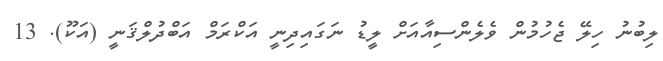
ލިބުނު ހިލޭ ޖެހުމުން ވެލެންސިއާއަށް ލީޑު ނަގައިދިނީ އަކްރަމް އަބްދުލްޤަނީ (އަކޫ). 13